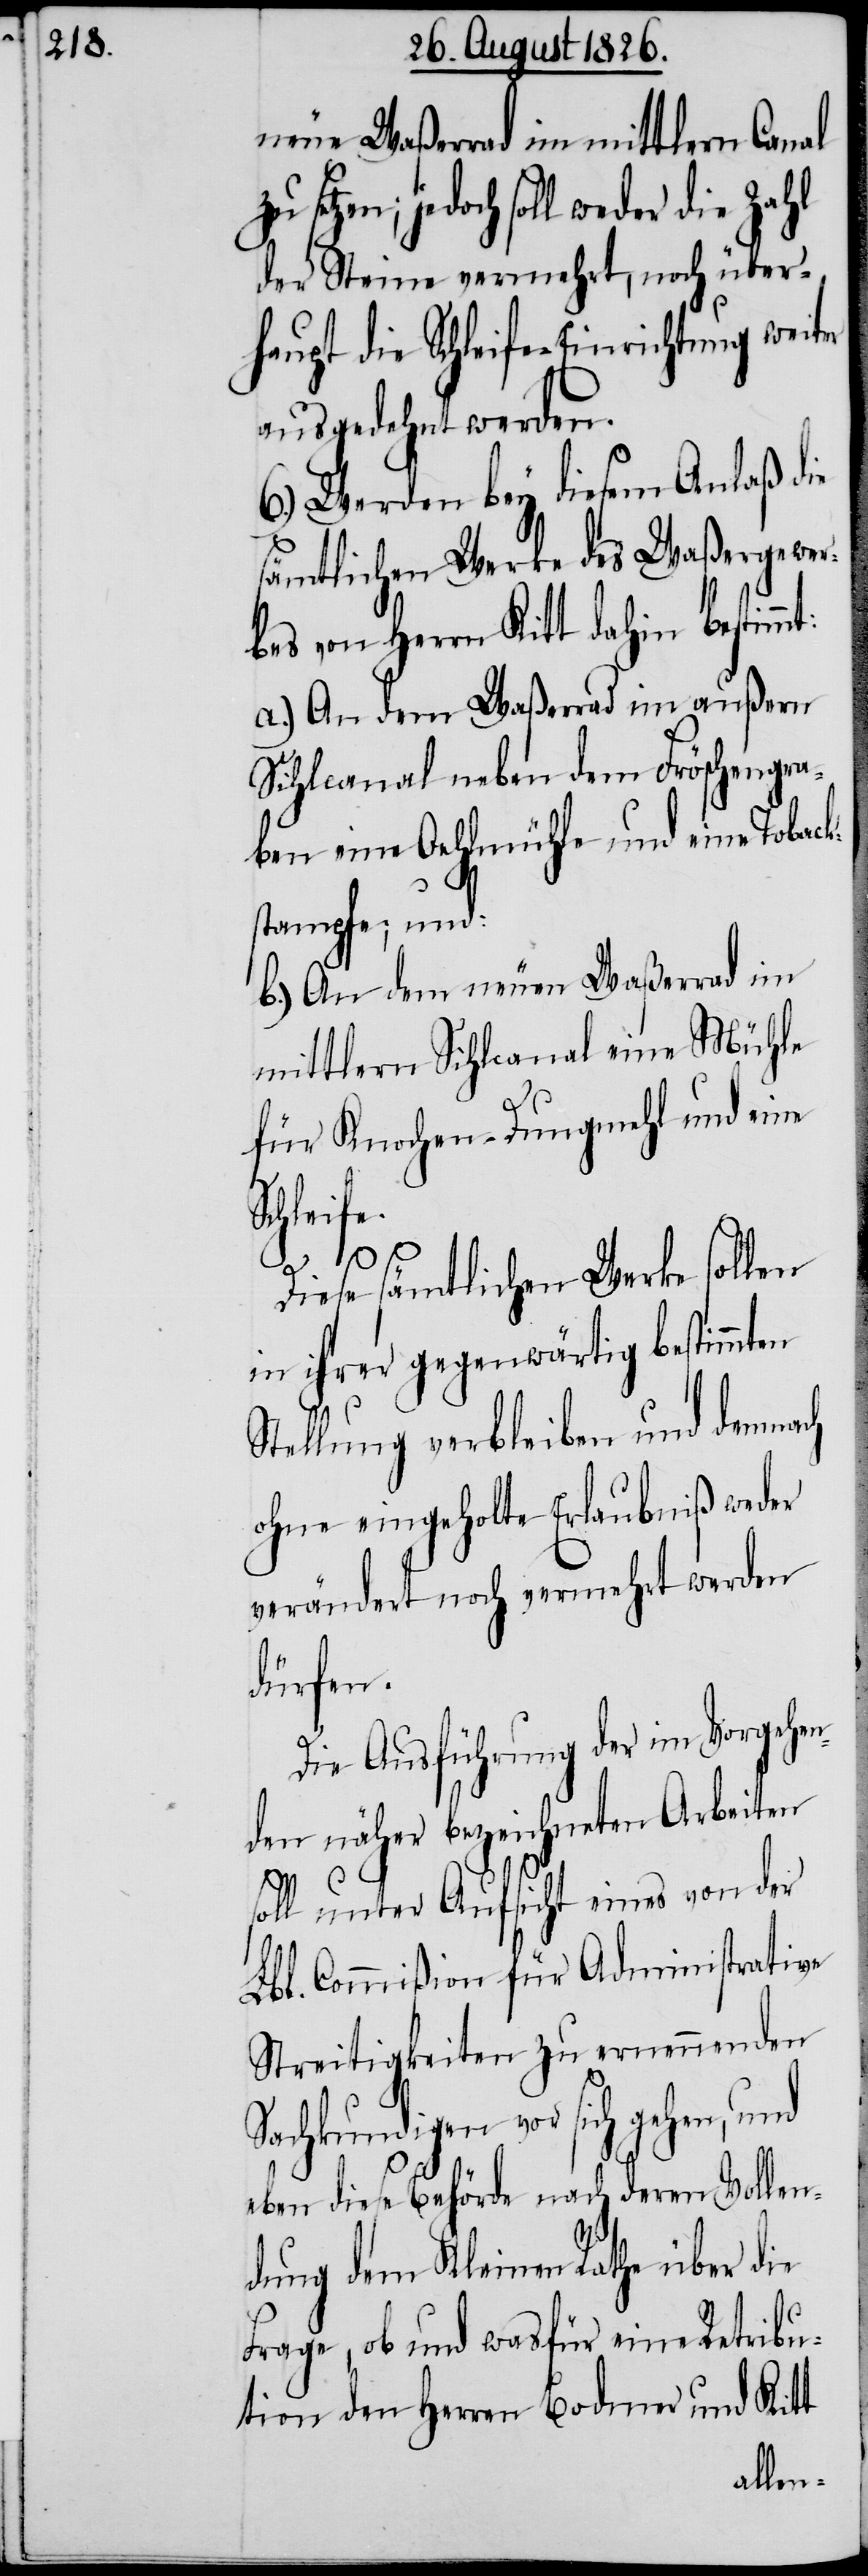
neue Waßerrad im mittlern Canal
setzen; jedoch soll weder die Zahl
der Steine vermehrt, noch über¬
haupt die Schleife-Einrichtung weiter
ausgedehnt werden.
6.) Werden bey diesem Anlaß die
sämtlichen Werke des Waßergewer¬
bes von Herrn Kitt dahin bestimmt:
a.) An dem Waßerrad im außern
Sihlcanal neben dem Fröschengra¬
ben eine Oehlmühle und eine Toback¬
stampfe; und:
b.) An dem neuen Waßerrad im
mittlern Sihlcanal eine Mühle
für Knochen-Dungmehl und eine
Schleife.
Diese sämtlichen Werke sollen
in ihrer gegenwärtig bestimmten
Stellung verbleiben und demnach
ohne eingeholte Erlaubniß weder
verändert noch vermehrt werden
dürfen.
Die Ausführung der im Vorgehen¬
den näher bezeichneten Arbeiten
soll unter Aufsicht eines von der
Lbl. Commißion für Administrative
Streitigkeiten zu ernennenden
Sachkundigen vor sich gehen, und
eben diese Behörde nach deren Vollen¬
dung dem Kleinen Rathe über die
Frage, ob und was für eine Retribu¬
tion den Herren Bodmer und Kitt